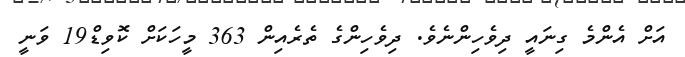
އަށް އެންމެ ގިނައީ ދިވެހިންނެވެ. ދިވެހިންގެ ތެރެއިން 363 މީހަކަށް ކޮވިޑް19 ވަނީ